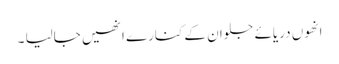
انھوں دریائے جلوان کے کنارے انھیں جالیا ۔